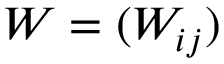
W = ( W _ { i j } )